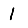
Digit: 1